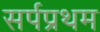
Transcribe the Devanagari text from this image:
सर्पप्रथम